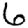
Digit: 6